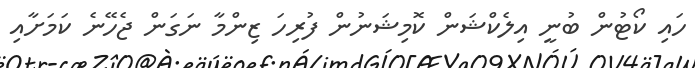
ހައި ކޯޓުން ބުނީ އިލެކްޝަން ކޮމިޝަނުން ފުރިހަަ ޒިންމާ ނަގަން ޖެހޭނެ ކަމަށާއި